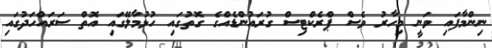
ނިންމާފައި ވަނީ މިހާރު ވެސް ޕްރެކްޓިސް ގުރައުންޑެއްގެ ގޮތުގައި ހުޅުމާލޭގައި އޮތް ސަރައްހަދުގައި